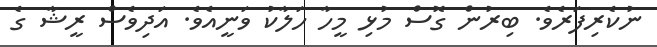
ނުކެރިފަރެވެ. ބިރުން ގޮސް މުޅި މީހާ ހަލާކު ވަނީއެވެ. އަދިވެސް ރީޝާ ގެ